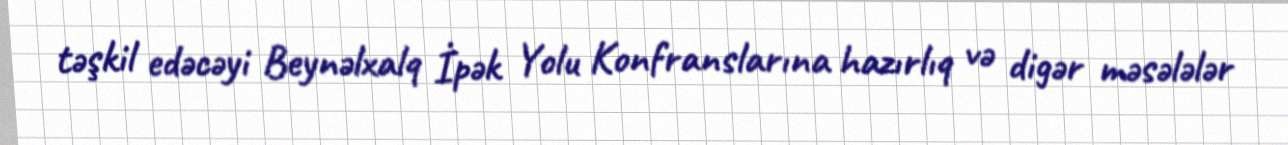
təşkil edəcəyi Beynəlxalq İpək Yolu Konfranslarına hazırlıq və digər məsələlər